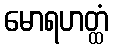
မောရဟတ္ထံ